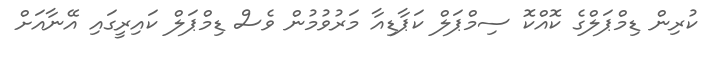
ކުރިން ޑިމްޕަލްގެ ކޮއްކޮ ސިމްޕަލް ކަޕާޑިއާ މަރުވުމުން ވެސް ޑިމްޕަލް ކައިރީގައި އޭނާއަށް